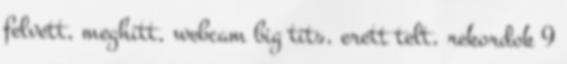
felvett, meghitt, webcam big tits, erett telt, rekordok 9